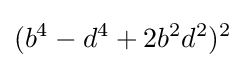
(b^{4}-d^{4}+2b^{2}d^{2})^{2}